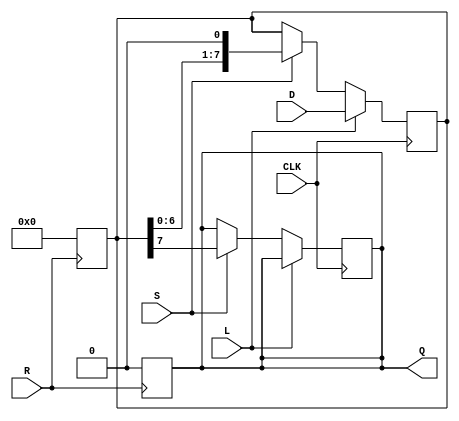
module PISO_Register (
    input wire [7:0] D,    // 8-bit input data bus
    input wire L,          // Load control signal
    input wire S,          // Shift control signal
    input wire CLK,        // Clock signal
    input wire R,          // Asynchronous reset signal
    output reg Q           // Serial output
);

    reg [7:0] shift_reg;   // Internal shift register to hold the data

    // Asynchronous reset
    always @(posedge R) begin
        shift_reg <= 8'b0;  // Clear the register
        Q <= 1'b0;          // Clear the serial output
    end

    // Main operation: Loading and shifting
    always @(posedge CLK) begin
        if (L) begin
            // Load data into the register
            shift_reg <= D;   // Load parallel data
        end else if (S) begin
            // Shift data out serially
            Q <= shift_reg[7]; // Output the MSB
            shift_reg <= {shift_reg[6:0], 1'b0}; // Shift right and fill LSB with 0
        end
    end

endmodule